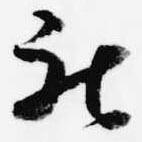
被